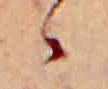
ゝ